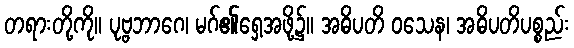
တရားတို့ကို။ ပုဗ္ဗဘာဂေ၊ မဂ်၏ရှေ့အဖို့၌။ အဓိပတိ ဝသေန၊ အဓိပတိပစ္စည်း